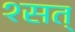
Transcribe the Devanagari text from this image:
१सत्